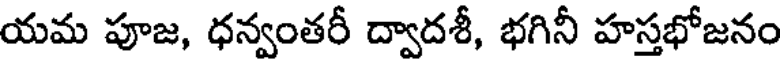
యమ పూజ, ధన్వంతరీ ద్వాదశీ, భగినీ హస్తభోజనం